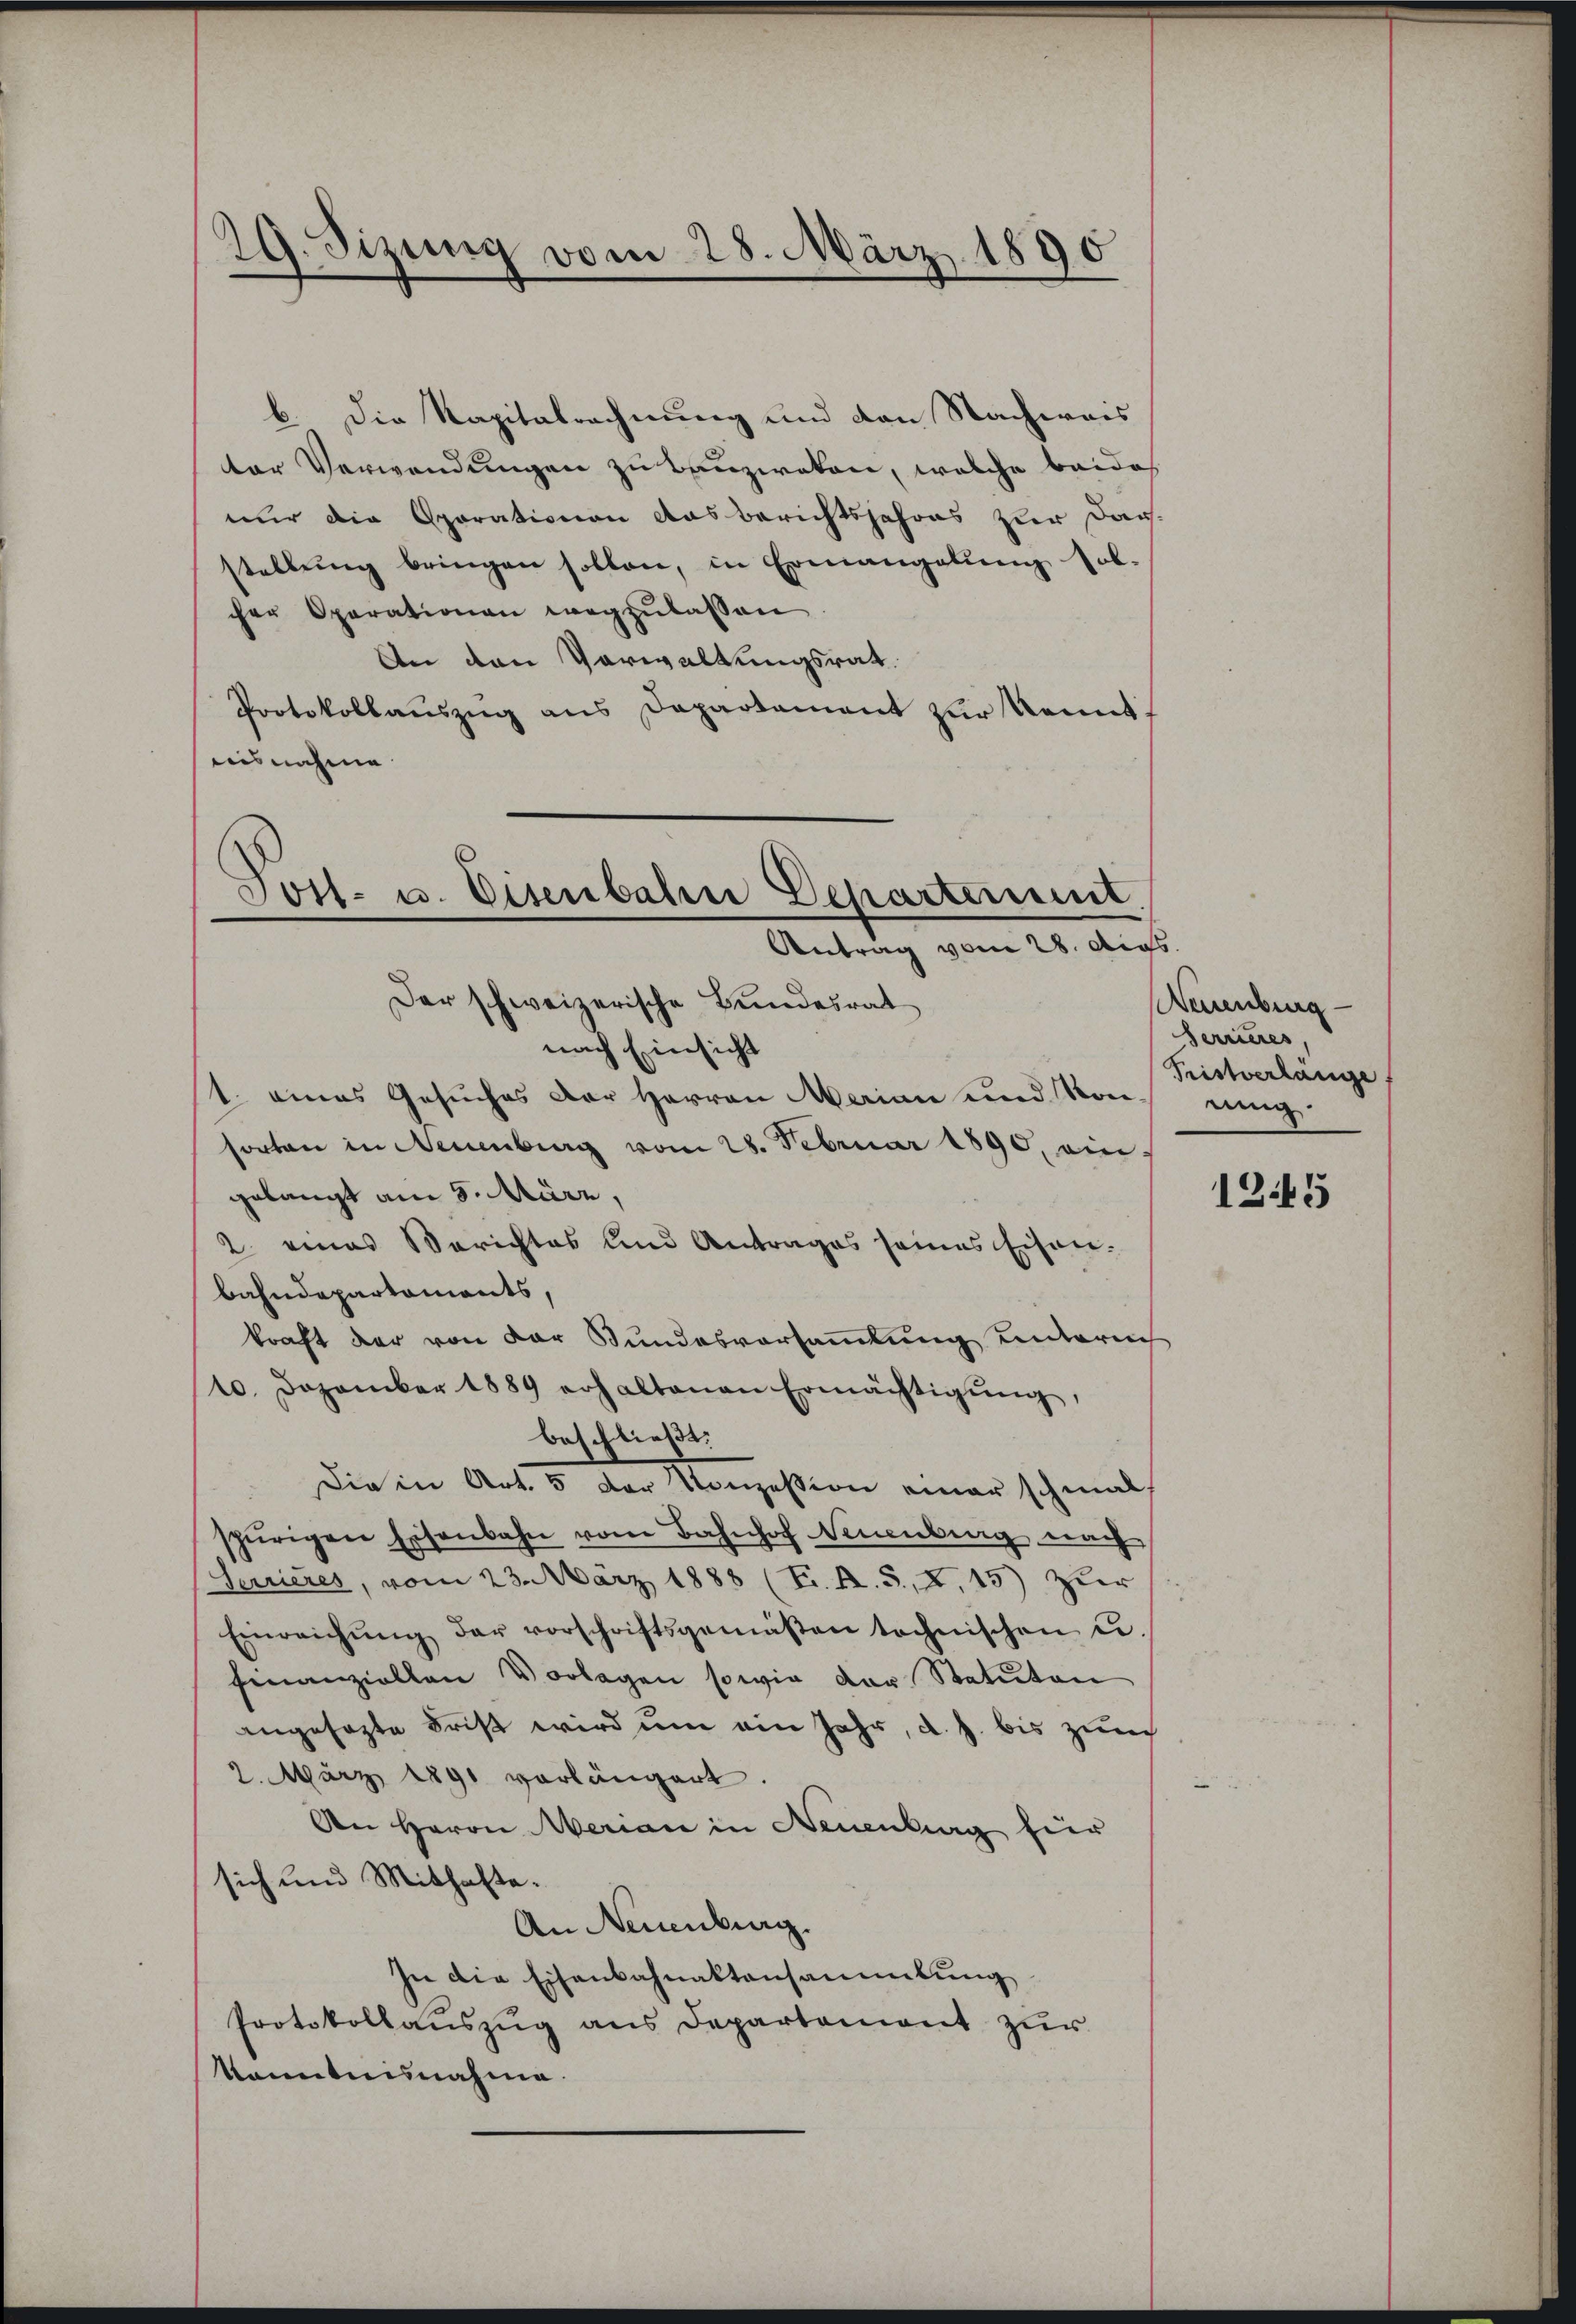
29. Sizung vom 28. März 1890

b. Die Kapitalrechnung und den Nachweis
ter Verwendungen zu bauzwoten, welche beides
nur die Sparationen das Berichtsjahres zur Dar-
stellŭng bringen sollen, in Ermangelŭng sol-
cher Operationen wegzulassen
An den Verwaltungsrat
Protokollauszug aus Departement zur Kennt,
aisnahme

Tost- u. Eisenbahn Departement.
Antrag vom 28. Augs
Der schweizerische Bundesrat

nach Einsicht
1. eines Gesuches der Herren Marian und Kon-
sorten in Neuenburg vom 28. Februar 1890, am
gelangt am 8. März,
2. eines Berichtes und Antrages seines Eisen-
bahndepartaments,
kraft der von der Bundesvorsammlung unterneh
10. Dezember 1889 erhaltenen Ermächtigŭng,
beschließt:
Die in Art. 3 der Konzesion einer schmal
spürigen Eisenbahn vom Bahnhof Neuenburg nach
Serrieres, vom 23. März 1888 (Fr. R. S. X. 15) Zuer
Einreichŭng der vorschriftsgemäβen technischen u.
finanziellen Vorlagen sowie der Statuten
angesezte Frist wird um ein Jahr, d. h. bis zurch
2. März 1891 vorlängert.
An Herrn Merian in Neuenburg für
sich und Mithafte.
An Neuenburg.
In die Eisenbahnaktensammlung
Protokollaŭszŭg ans Departement zŭr
kanntnisnahme.

Neuenburg
ferrieres,
Fristverlange
ning.

1245